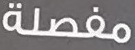
مفصلة